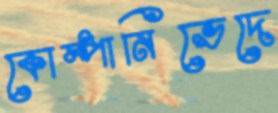
কোম্পানিভেদে